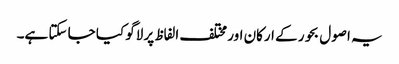
یہ اصول بحور کے ارکان اور مختلف الفاظ پر لاگو کیا جا سکتا ہے۔